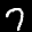
Label: 7